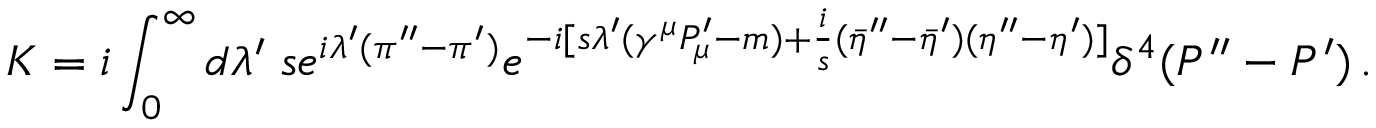
K = i \int _ { 0 } ^ { \infty } d \lambda ^ { \prime } \; s e ^ { i \lambda ^ { \prime } ( \pi ^ { \prime \prime } - \pi ^ { \prime } ) } e ^ { - i [ s \lambda ^ { \prime } ( \gamma ^ { \mu } P _ { \mu } ^ { \prime } - m ) + { \frac { i } { s } } ( { \bar { \eta } } ^ { \prime \prime } - { \bar { \eta } } ^ { \prime } ) ( \eta ^ { \prime \prime } - \eta ^ { \prime } ) ] } \delta ^ { 4 } ( P ^ { \prime \prime } - P ^ { \prime } ) \, .